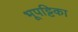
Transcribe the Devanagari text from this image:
भूपट्टिका